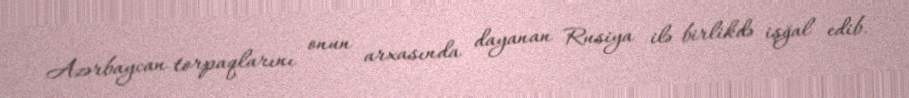
Azərbaycan torpaqlarını onun arxasında dayanan Rusiya ilə birlikdə işğal edib.